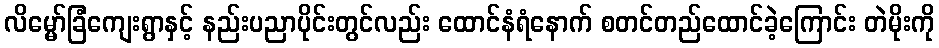
လိမ္မော်ခြံကျေးရွာနှင့် နည်းပညာပိုင်းတွင်လည်း ထောင်နံရံနောက် စတင်တည်ထောင်ခဲ့ကြောင်း တဲမိုးကို